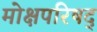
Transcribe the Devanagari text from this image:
मोक्षपरिषद्